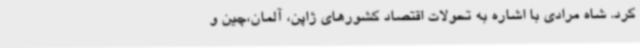
کرد. شاه مرادی با اشاره به تحولات اقتصاد کشورهای ژاپن، آلمان،چین و